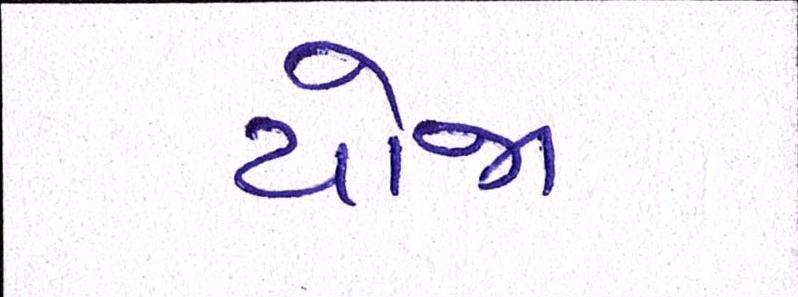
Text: યોજા